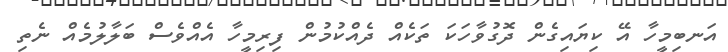
އަނބިމީހާ އޭ ކިޔައިގެން ދޮގުވާހަކަ ތަކެއް ދެއްކުމުން ފިރިމީހާ އެއްވެސް ބަލާލުމެއް ނެތި